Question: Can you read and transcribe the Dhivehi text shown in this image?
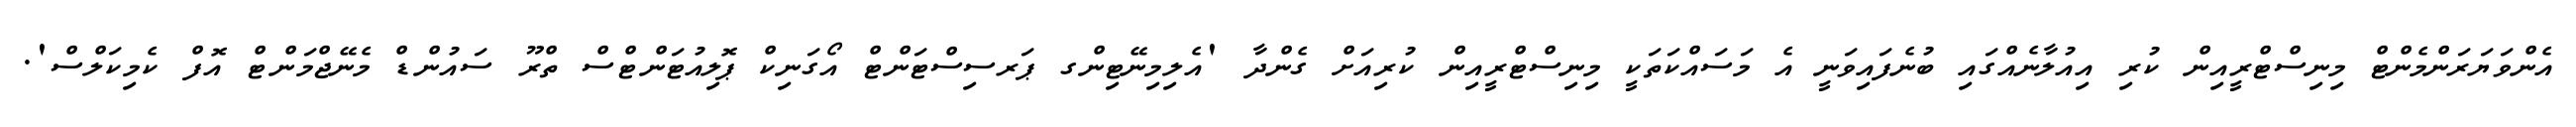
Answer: އެންވަޔަރަންމެންޓް މިނިސްޓްރީއިން ކުރި އިއުލާނެއްގައި ބުނެފައިވަނީ އެ މަސައްކަތަކީ މިނިސްޓްރީއިން ކުރިއަށް ގެންދާ 'އެލިމިނޭޓިންގ ޕަރސިސްޓަންޓް އޯގަނިކް ޕޮލިއުޓަންޓްސް ތްރޫ ސައުންޑް މެނޭޖްމަންޓް އޮފް ކެމިކަލްސް'.